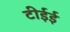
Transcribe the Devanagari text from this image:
टीईई